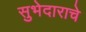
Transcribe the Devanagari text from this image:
सुभेदाराचे